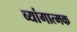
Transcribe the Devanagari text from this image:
व्यांगात्मक